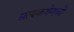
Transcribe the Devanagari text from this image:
सत्यकथेमध्ये